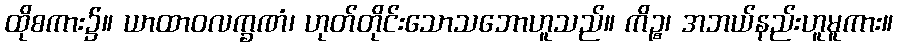
ထိုစကား၌။ ယာထာဝလက္ခဏံ၊ ဟုတ်တိုင်းသောသဘောဟူသည်။ ကိဉ္စ၊ အဘယ်နည်းဟူမူကား။